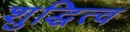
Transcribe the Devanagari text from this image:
शुद्धित्व